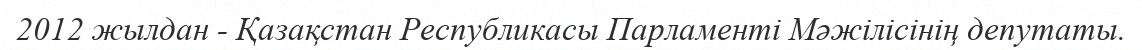
2012 жылдан - Қазақстан Республикасы Парламенті Мәжілісінің депутаты.